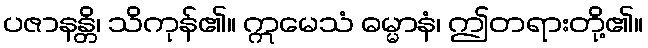
ပဇာနန္တိ၊ သိကုန်၏။ ဣမေသံ ဓမ္မာနံ၊ ဤတရားတို့၏။